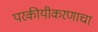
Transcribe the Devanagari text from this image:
परकीयीकरणाचा